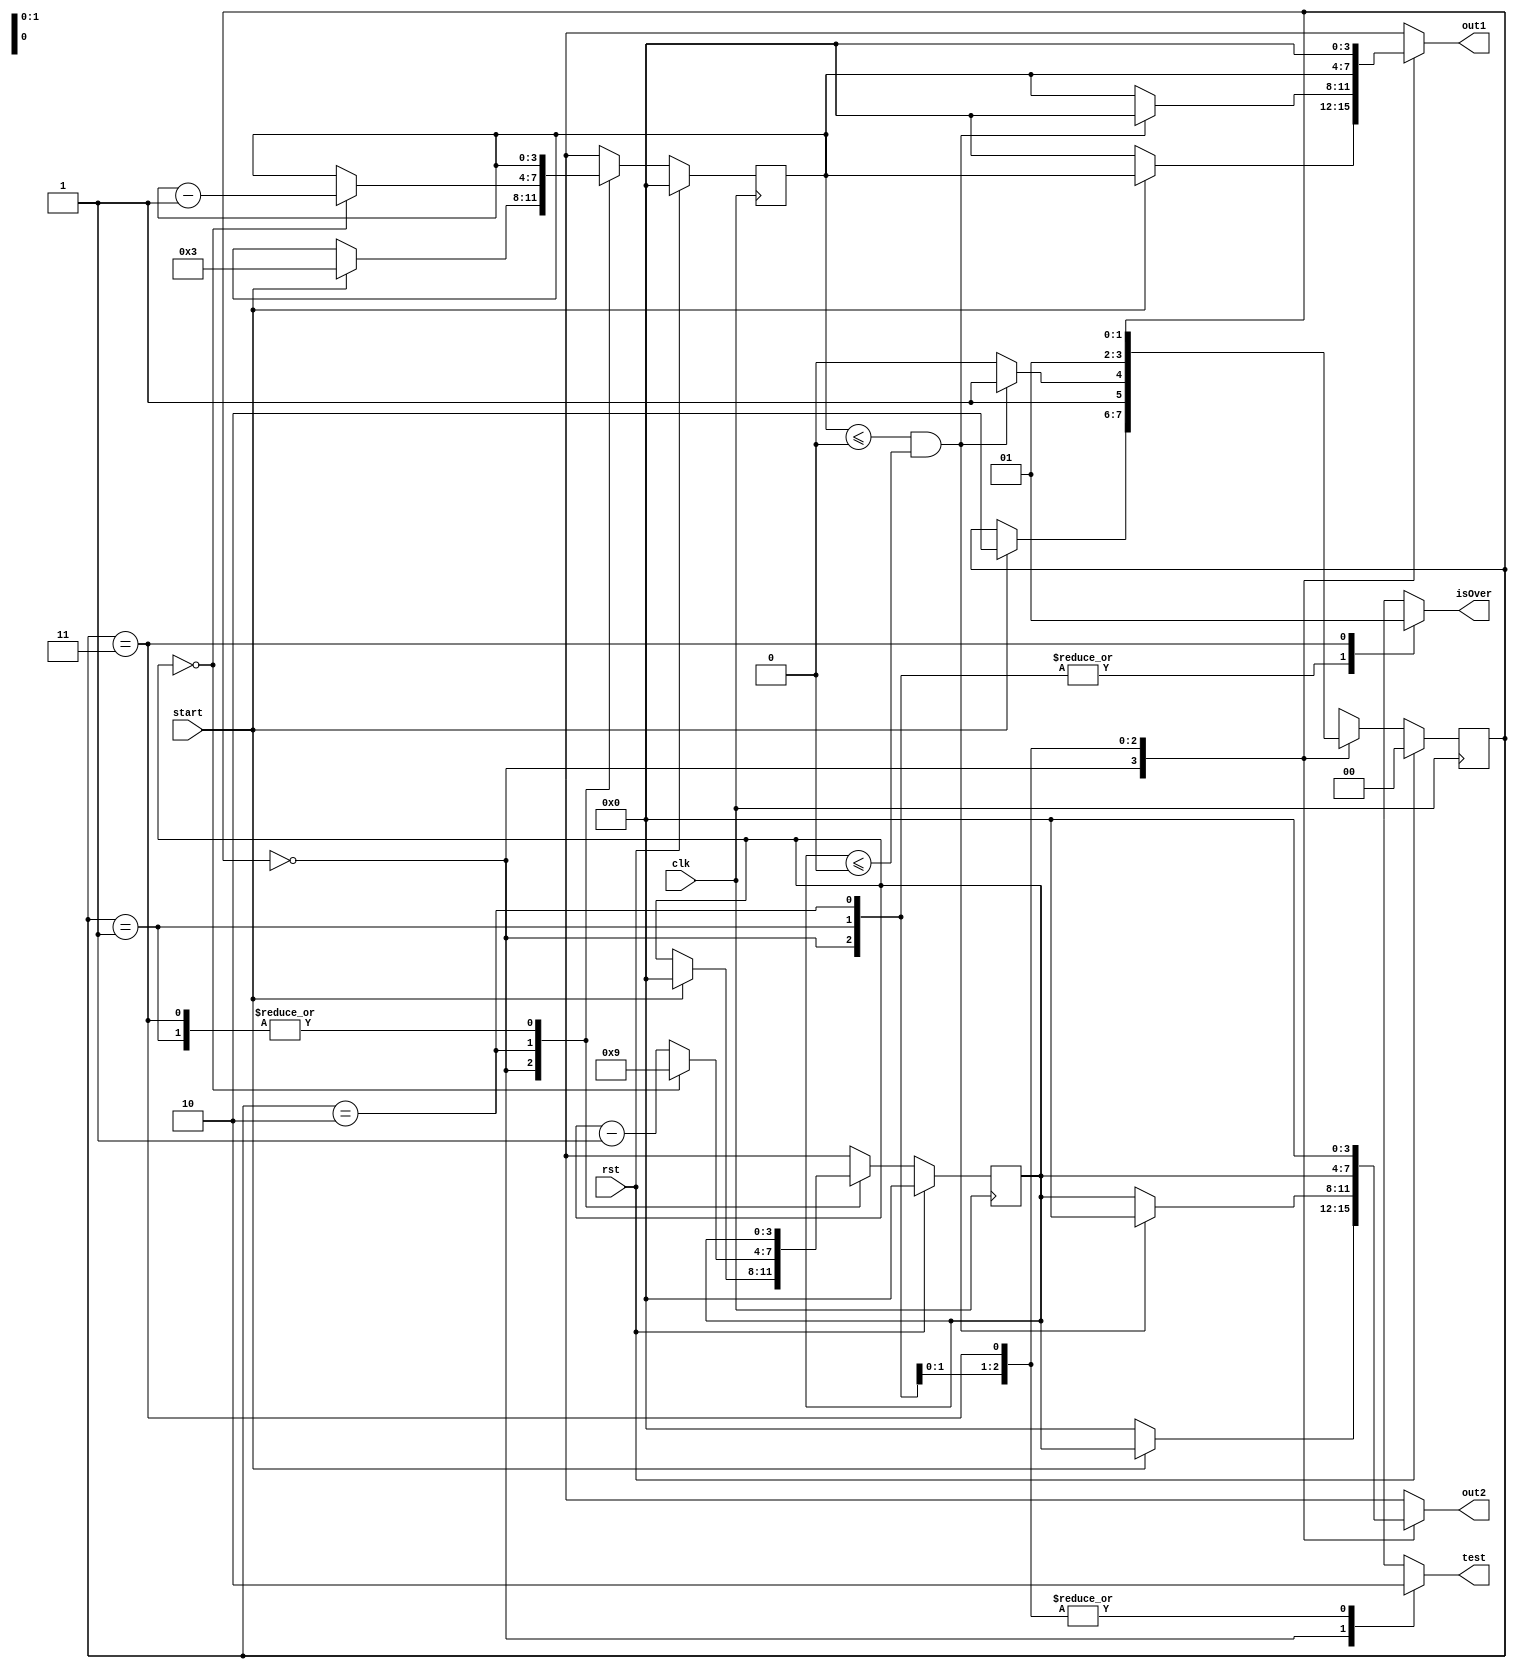
/*
   This file was generated automatically by Alchitry Labs version 1.2.7.
   Do not edit this file directly. Instead edit the original Lucid source.
   This is a temporary file and any changes made to it will be destroyed.
*/

module timer_11 (
    input clk,
    input rst,
    input start,
    output reg [3:0] out1,
    output reg [3:0] out2,
    output reg isOver,
    output reg test
  );
  
  
  
  
  localparam INIT_timerState = 2'd0;
  localparam IDLE_timerState = 2'd1;
  localparam COUNT_timerState = 2'd2;
  localparam END_timerState = 2'd3;
  
  reg [1:0] M_timerState_d, M_timerState_q = INIT_timerState;
  
  reg [3:0] M_digit1_d, M_digit1_q = 1'h0;
  
  reg [3:0] M_digit2_d, M_digit2_q = 1'h0;
  
  always @* begin
    M_timerState_d = M_timerState_q;
    M_digit1_d = M_digit1_q;
    M_digit2_d = M_digit2_q;
    
    out1 = 4'h0;
    out2 = 4'h0;
    isOver = 1'h0;
    test = 1'h0;
    if (rst) begin
      M_timerState_d = INIT_timerState;
    end
    
    case (M_timerState_q)
      INIT_timerState: begin
        out1 = 4'h0;
        out2 = 4'h0;
        test = 1'h1;
        if (start == 1'h1) begin
          M_digit1_d = 2'h3;
          M_digit2_d = 1'h0;
          out1 = M_digit1_q;
          out2 = M_digit2_q;
          M_timerState_d = COUNT_timerState;
        end
      end
      IDLE_timerState: begin
        if (M_digit1_q <= 4'h0 && M_digit2_q <= 4'h0) begin
          M_timerState_d = END_timerState;
        end else begin
          out1 = M_digit1_q;
          out2 = M_digit2_q;
          M_timerState_d = COUNT_timerState;
        end
      end
      COUNT_timerState: begin
        if (M_digit2_q == 1'h0) begin
          M_digit1_d = M_digit1_q - 1'h1;
          M_digit2_d = 4'h9;
        end else begin
          M_digit2_d = M_digit2_q - 1'h1;
        end
        out1 = M_digit1_q;
        out2 = M_digit2_q;
        M_timerState_d = IDLE_timerState;
      end
      END_timerState: begin
        isOver = 1'h1;
      end
    endcase
  end
  
  always @(posedge clk) begin
    if (rst == 1'b1) begin
      M_timerState_q <= 1'h0;
    end else begin
      M_timerState_q <= M_timerState_d;
    end
  end
  
  
  always @(posedge clk) begin
    if (rst == 1'b1) begin
      M_digit1_q <= 1'h0;
    end else begin
      M_digit1_q <= M_digit1_d;
    end
  end
  
  
  always @(posedge clk) begin
    if (rst == 1'b1) begin
      M_digit2_q <= 1'h0;
    end else begin
      M_digit2_q <= M_digit2_d;
    end
  end
  
endmodule